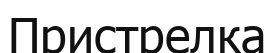
Пристрелка